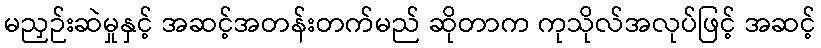
မညှဉ်းဆဲမှုနှင့် အဆင့်အတန်းတက်မည် ဆိုတာက ကုသိုလ်အလုပ်ဖြင့် အဆင့်